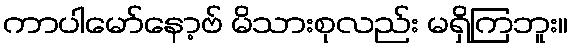
ကာပါမော်နော့ဗ် မိသားစုလည်း မရှိကြဘူး။